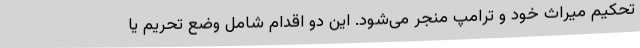
تحکیم میراث خود و ترامپ منجر می‌شود. این دو اقدام شامل وضع تحریم یا